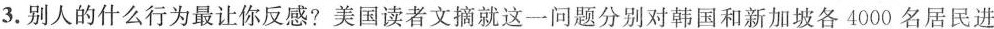
3.别人的什么行为最让你反感?美国读者文摘就这一问题分别对韩国和新加坡各4000名居民进